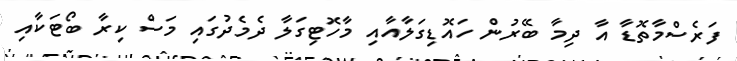
ފަރެސްމާތޮޑާ އާ ދިމާ ބޭރުން ހައޮޑިގަލާއާއި މާހޮޓިގަލާ ދެމެދުގައި މަސް ކިރާ ބޯޓަކާއި